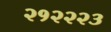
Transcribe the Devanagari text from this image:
२१२२२३